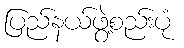
ပြည်နယ်ဖွဲ့စည်းပုံ